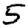
Digit: 5